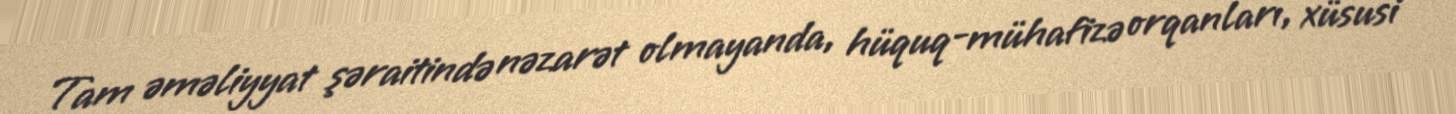
Tam əməliyyat şəraitində nəzarət olmayanda, hüquq-mühafizə orqanları, xüsusi